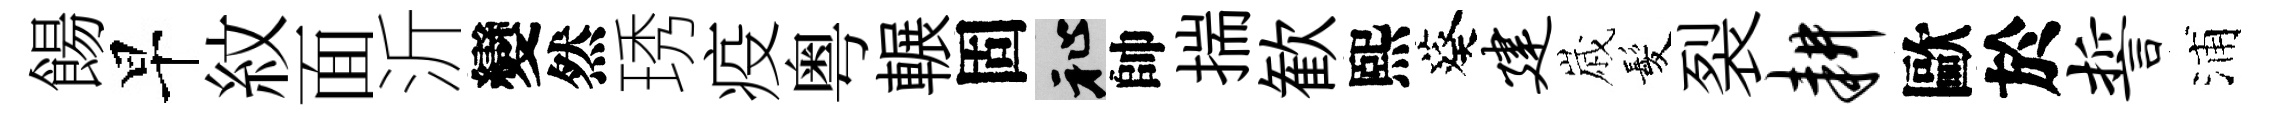
餳早紋面沂變然琇疫粤輾固祉帥揣歓熙葵建𡻕髪裂耕歐於誓浦